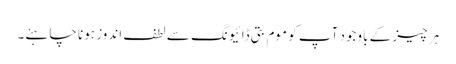
ہر چیز کے باوجود آپ کو موم بتی ڈائیونگ سے لطف اندوز ہونا چاہئے۔